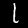
Label: 1